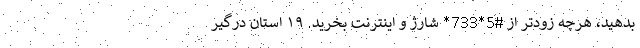
بدهید، هرچه زودتر از #5*733* شارژ و اینترنت بخرید. ١٩ استان درگیر